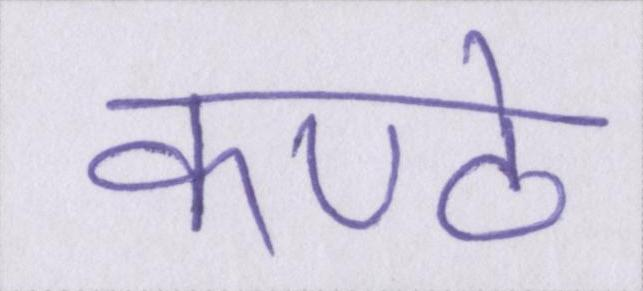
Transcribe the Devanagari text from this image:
कण्ठे